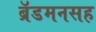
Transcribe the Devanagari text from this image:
ब्रॅडमनसह